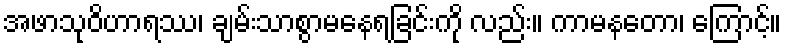
အဖာသုဝိဟာရဿ၊ ချမ်းသာစွာမနေရခြင်းကို လည်း။ ကာမနတော၊ ကြောင့်။